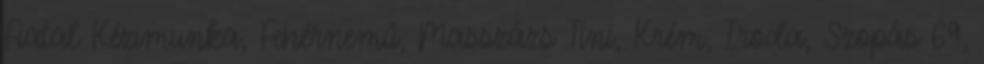
Fiatal Kézimunka, Fehérnemû, Masszázs Tini, Krém, Iroda, Szopás 69,